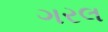
ગરલ